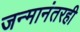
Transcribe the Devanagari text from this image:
जन्मानंतरही